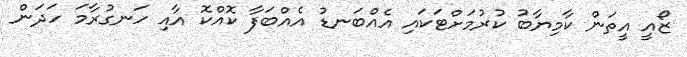
ޒޯއީ އީތަން ކާމިޔާބު ކުރުމަށްޓަކައި އެއްބަނޑު އެއްބަފާ ކޮއްކޮ އާއި ހަނގުރާމަ ހަދަން